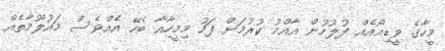
މީހާގެ ވީޑިއޯއެއް ފުލުހުން އާއްމު ކުރުމަށް ފަހު މިމީހާއާ ބެހޭ އެއްވެސް މައުލޫމާތެއް